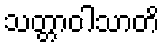
သတ္တာဝါသာတိ